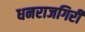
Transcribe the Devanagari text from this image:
धनराजगिरी